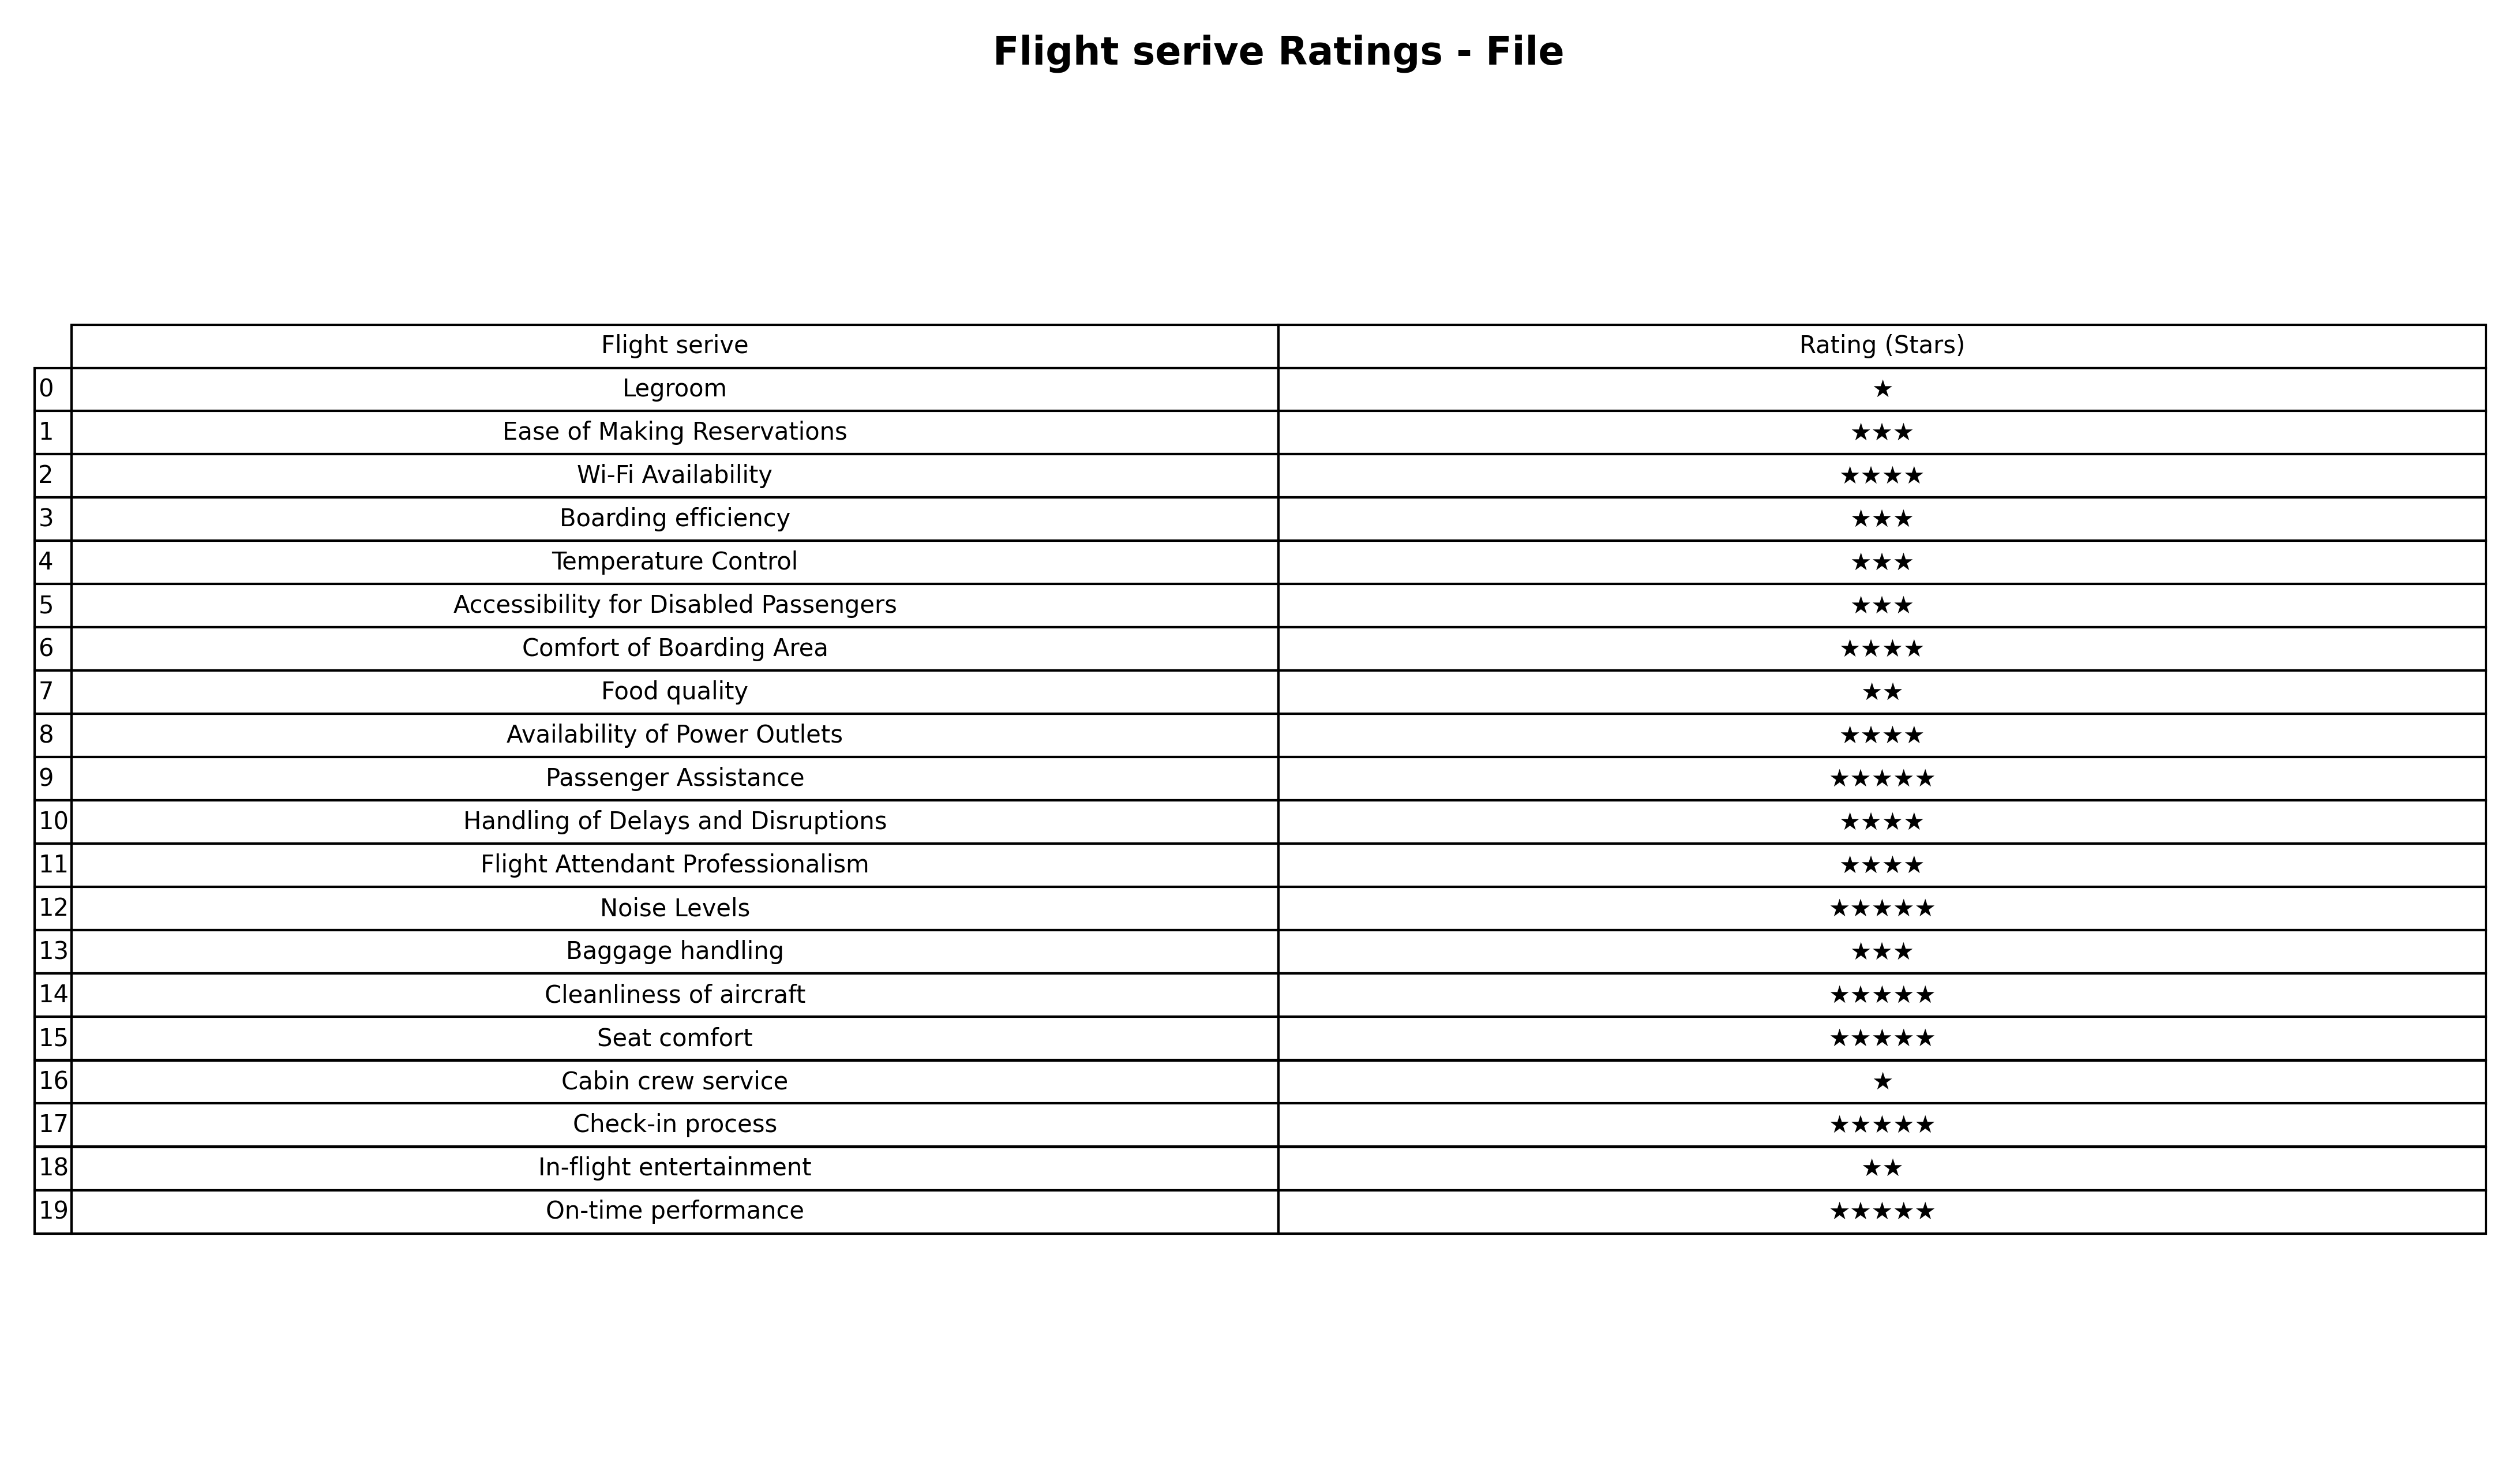
question: What are one star services?
answer: LegroomCabin crew service